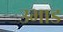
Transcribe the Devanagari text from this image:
उभाड